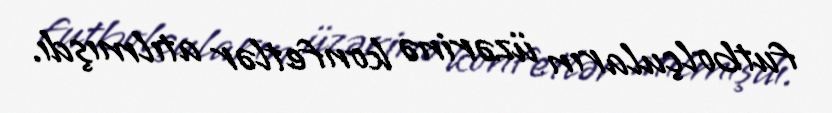
futbolçuların üzərinə konfetlər atılmışdı.